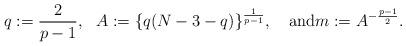
LaTeX: \begin{align*}q:=\frac{2}{p-1},\ \ A:=\{q(N-3-q)\}^{\frac{1}{p-1}},\quad\textrm{and}m:=A^{-\frac{p-1}{2}}.\end{align*}